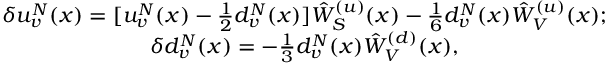
\begin{array} { c l c r } { { \delta u _ { v } ^ { N } ( x ) = [ u _ { v } ^ { N } ( x ) - \frac { 1 } { 2 } d _ { v } ^ { N } ( x ) ] \hat { W } _ { S } ^ { ( u ) } ( x ) - \frac { 1 } { 6 } d _ { v } ^ { N } ( x ) \hat { W } _ { V } ^ { ( u ) } ( x ) ; } } \\ { { \delta d _ { v } ^ { N } ( x ) = - \frac { 1 } { 3 } d _ { v } ^ { N } ( x ) \hat { W } _ { V } ^ { ( d ) } ( x ) , } } \end{array}